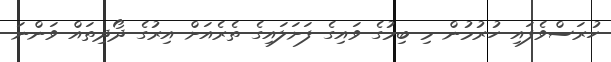
ހުރަސްވެފައި ހުރުމުން މި ބިމުގެ ވައިގެ ފަށަލައިގެ ތެރެއަށް އިރުގެ ދޯދިތައް ވަންނަ